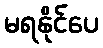
မရနိုင်ပေ